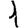
Digit: 1